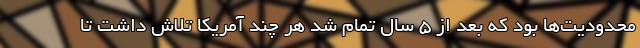
محدودیت‌ها بود که بعد از 5 سال تمام شد هر چند آمریکا تلاش داشت تا